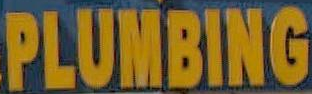
PLUMBING